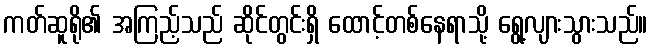
ကတ်ဆူရို၏ အကြည့်သည် ဆိုင်တွင်းရှိ ထောင့်တစ်နေရာသို့ ရွေ့လျားသွားသည်။